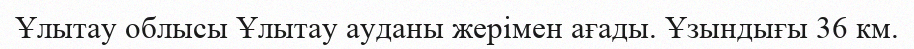
Ұлытау облысы Ұлытау ауданы жерімен ағады. Ұзындығы 36 км.